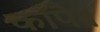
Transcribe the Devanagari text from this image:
काँपै॥